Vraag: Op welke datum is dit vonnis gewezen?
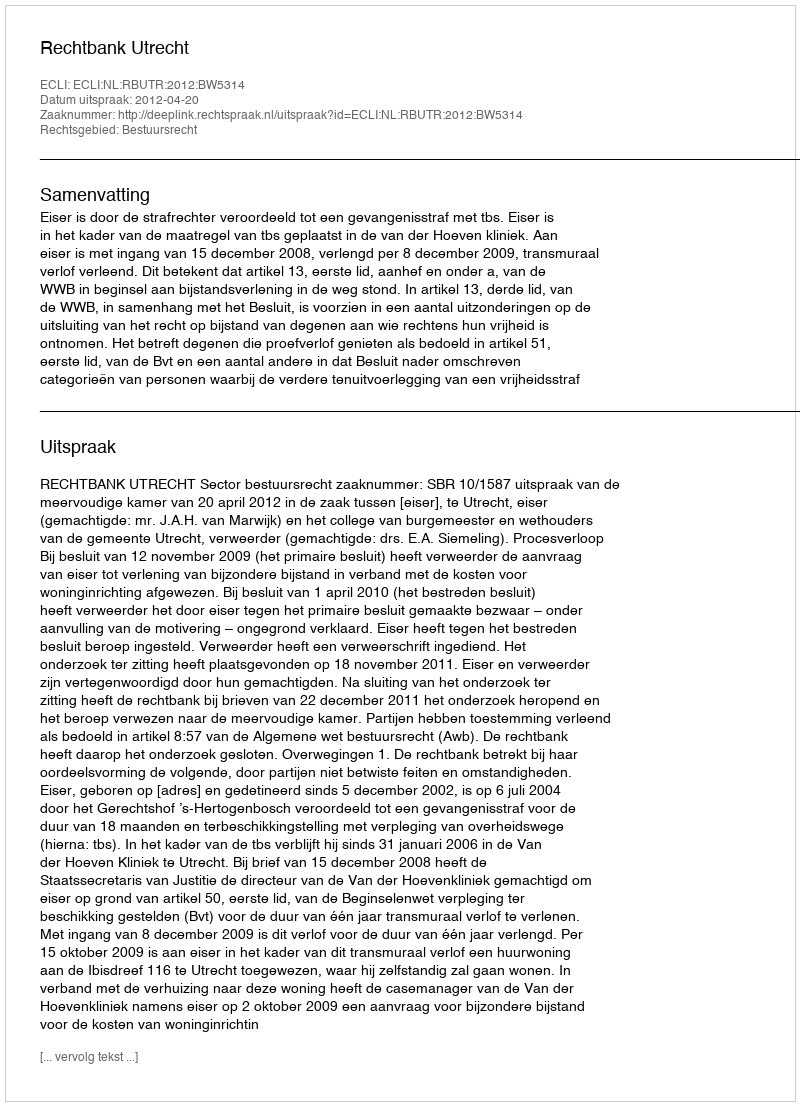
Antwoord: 2012-04-20